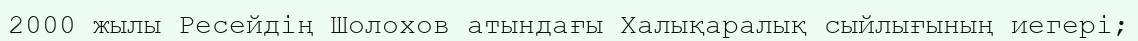
2000 жылы Ресейдің Шолохов атындағы Халықаралық сыйлығының иегері;